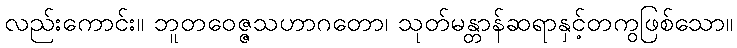
လည်းကောင်း။ ဘူတဝေဇ္ဇသဟာဂတော၊ သုတ်မန္တာန်ဆရာနှင့်တကွဖြစ်သော။